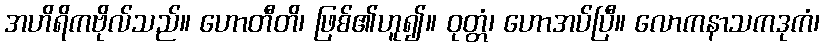
အဟိရိကဗိုလ်သည်။ ဟောတီတိ၊ ဖြစ်၏ဟူ၍။ ဝုတ္တံ၊ ဟောအပ်ပြီ။ လောကနာသကဒုကံ၊